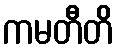
ကမတီတိ